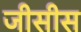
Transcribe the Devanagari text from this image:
जीसीस